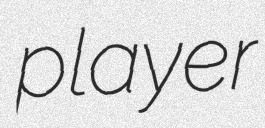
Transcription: player